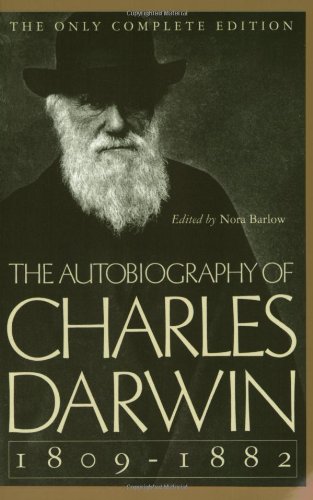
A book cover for The Autobiography of Charles Darwin: 1809-1882; Charles Darwin; Biographies & Memoirs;